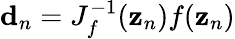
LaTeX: {\mathbf d}_{n}={J}_{f}^{-1}({\mathbf z}_{n}){f}({\mathbf z}_{n})